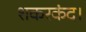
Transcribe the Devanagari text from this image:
शकरकंद।